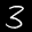
Label: 3